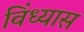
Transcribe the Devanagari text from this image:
विंध्यास